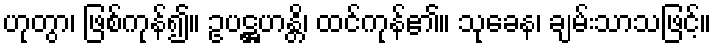
ဟုတွာ၊ ဖြစ်ကုန်၍။ ဥပဋ္ဌဟန္တိ၊ ထင်ကုန်၏။ သုခေန၊ ချမ်းသာသဖြင့်။